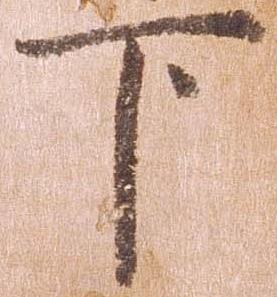
下